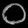
Digit: ၀